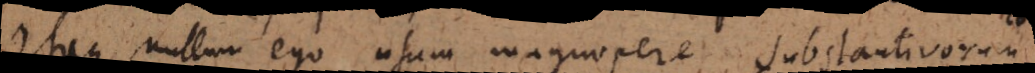
Itaque nullum ego usum magnopere substantivorum